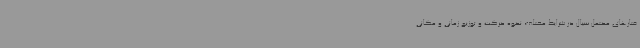
فتارهای محتمل سیال در شرایط مختلف، نحوه حرکت و توزیع زمانی و مکانی